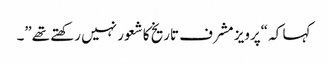
کہا کہ “پرویز مشرف تاریخ کا شعور نہیں رکھتے تھے”۔